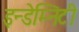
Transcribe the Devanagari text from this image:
इन्डेम्निटी